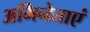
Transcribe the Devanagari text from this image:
अभिनेताएं